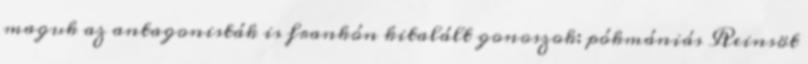
maguk az antagonisták is frankón kitalált gonoszok: pókmániás Reinsöt